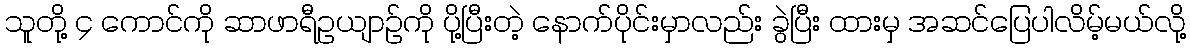
သူတို့ ၄ ကောင်ကို ဆာဖာရီဥယျာဉ်ကို ပို့ပြီးတဲ့ နောက်ပိုင်းမှာလည်း ခွဲပြီး ထားမှ အဆင်ပြေပါလိမ့်မယ်လို့